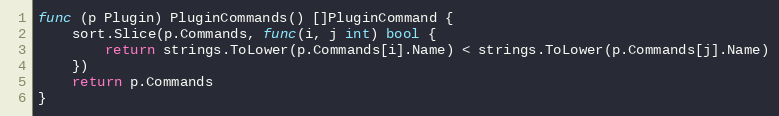
Language: Go
func (p Plugin) PluginCommands() []PluginCommand {
	sort.Slice(p.Commands, func(i, j int) bool {
		return strings.ToLower(p.Commands[i].Name) < strings.ToLower(p.Commands[j].Name)
	})
	return p.Commands
}